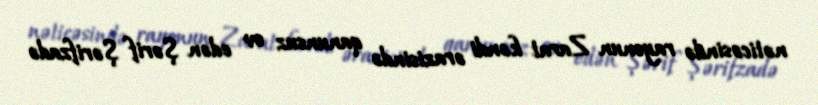
nəticəsində rayonun Zarat kəndi ərazisində qanunsuz ov edən Şərif Şərifzadə